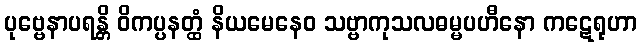
ပုဗ္ဗေနာပရန္တိ ဝိကပ္ပနတ္ထံ နိယမေနေဝ သဗ္ဗာကုသလဓမ္မပဟီနော ကဋေရုဟာ